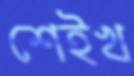
শেইখ